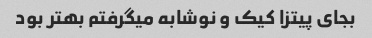
بجای پیتزا کیک و نوشابه میگرفتم بهتر بود